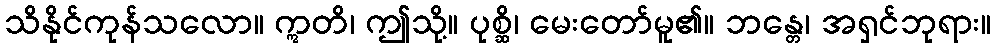
သိနိုင်ကုန်သလော။ ဣတိ၊ ဤသို့။ ပုစ္ဆိ၊ မေးတော်မူ၏။ ဘန္တေ၊ အရှင်ဘုရား။